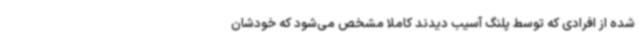
شده از افرادی که توسط پلنگ آسیب دیدند کاملا مشخص می‌شود که خودشان